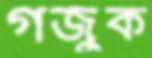
গর্জুক